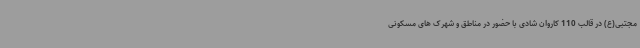
مجتبی(ع) در قالب 110 کاروان شادی با حضور در مناطق و شهرک های مسکونی